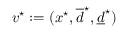
v ^ { \star } : = ( x ^ { \star } , \overline { d } ^ { \star } , \underline { d } ^ { \star } )